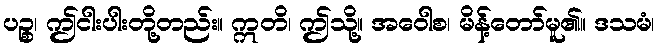
ပဉ္စ၊ ဤငါးပါးတို့တည်း။ ဣတိ၊ ဤသို့။ အဝေါစ၊ မိန့်တော်မူ၏။ ဒသမံ၊